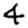
Digit: 4